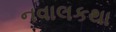
નવાલકથા